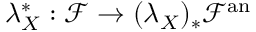
\lambda _ { X } ^ { * } : { \mathcal { F } } \rightarrow ( \lambda _ { X } ) _ { * } { \mathcal { F } } ^ { \mathrm { a n } }